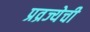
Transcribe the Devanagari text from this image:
प्रव्रज्येची